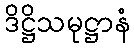
ဒိဋ္ဌိသမုဋ္ဌာနံ